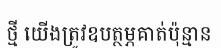
ថ្មី យើងត្រូវឧបត្ថម្ភគាត់ប៉ុន្មាន